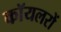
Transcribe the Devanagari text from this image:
कॉयलरों